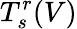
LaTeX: T_{s}^{r}(V)